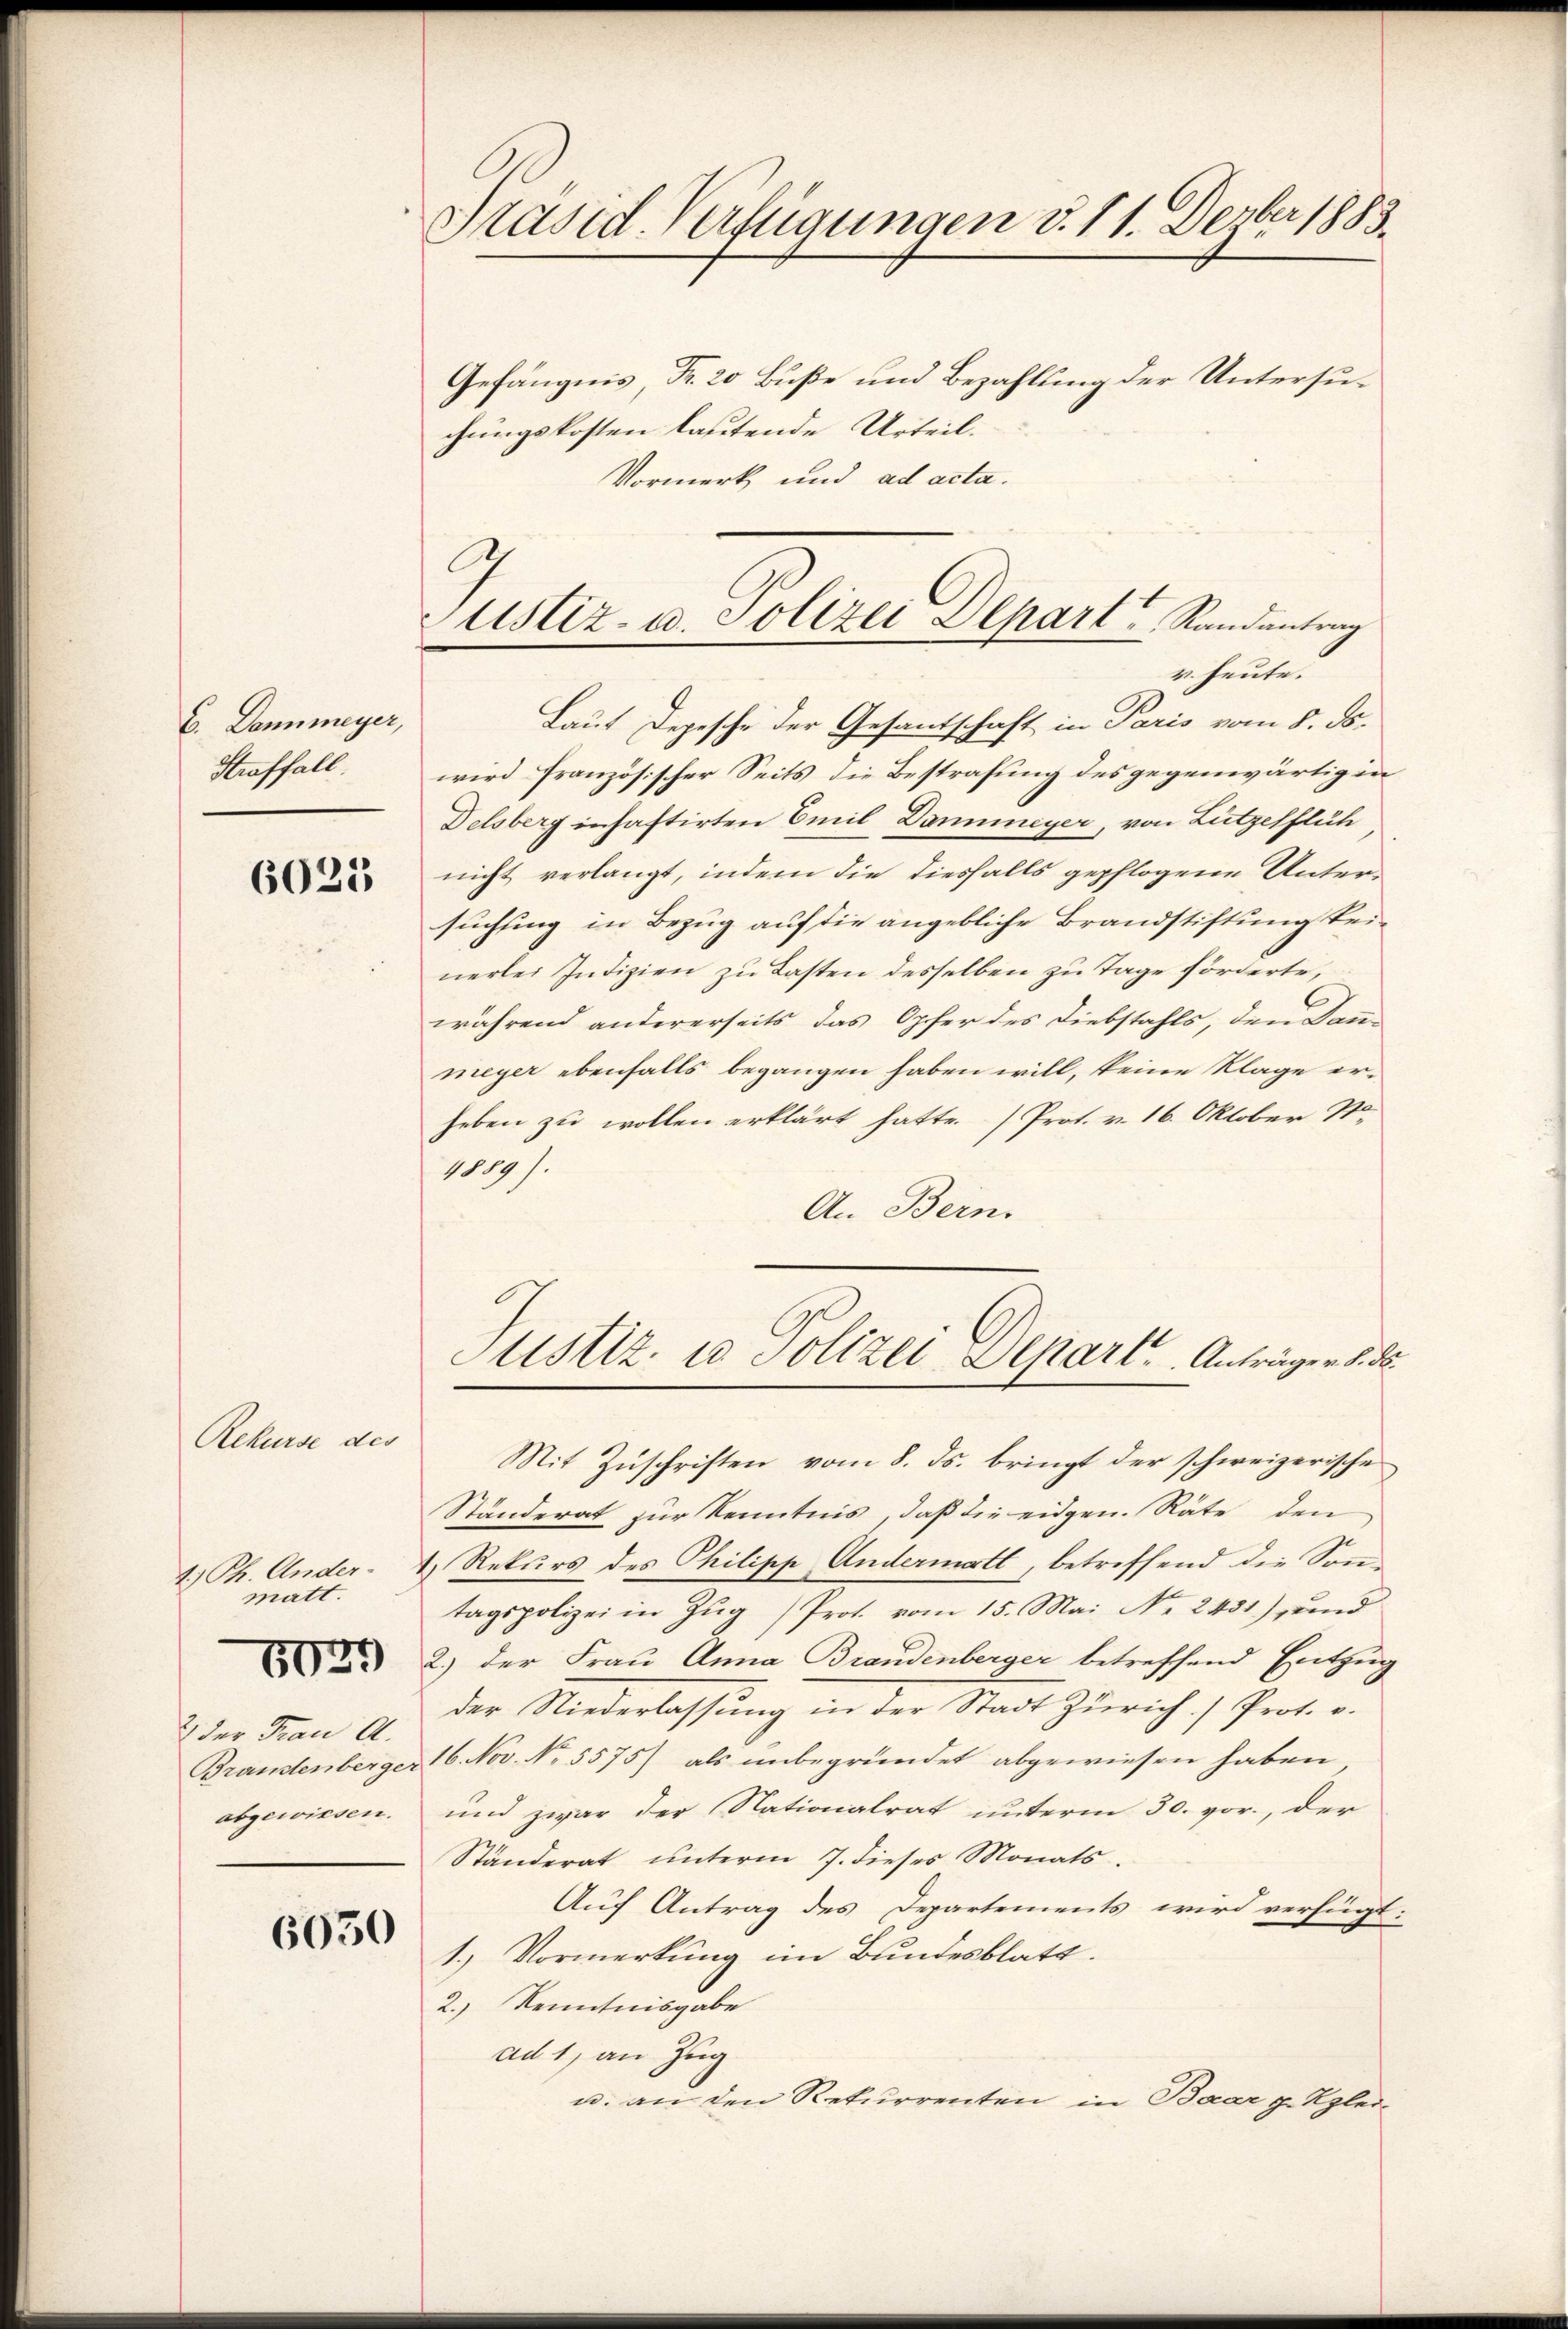
C. Dannmeyer,
Straffall.

6025

Rekurse des
3
1.) Ph. Ander-
matt.
5039
2 der Frau A.
Brandtenberger
abgewissen.

6050

Präsid. Verfügungen d. 11. Derber 1883.

Gefängnis, Fr. 20 Buße und Bezahlung der Untersuchungskosten lautende Urteil.
Vormerk und ad acta.

C
ustiz- u. Polizei Alpart Randantrag
r. heute.

Laut Depesche der Gesandschaft in Paris vom 8. ds.
wird französischer Seits die Bestrafung des gegenwärtigen
Delsberg inhaftirten Emil Dannmeyer, von Lützelflüh
nicht verlangt, indem die diesfalls gepflogene Untersuchung in Bezug auf die angebliche Brandstiftung keinerlei Indizien zu Lasten desselben zu Tage förderte,
während andererseits das Opfer des Diebstahls, den Dan-
meyer ebenfalls begangen haben will, keine Klage erheben zu wollen erklärt hatte. (Prot. v. 16. Oktober S
1009 f.
An Bern.

Justiz- u. Soltzer Separt. Anträge v. 8. d.

Mit Zuschriften vom 8. ds. bringt der schweizerische
Ständerat zur Kenntnis, daß die eidgen. Räte den
1 Rekurs des Philipp Andermatt, betreffend die Sontagspolizei in Zŭg /Prot. vom 15. Mai Nr. 2431) und
2.) der Frau Anna Brandenberger betreffend Entzug
der Niederlassung in der Stadt Zürich.) Prot. v.
16. Nov. No. 5575) als unbegründet abgewiesen haben
und zwar der Nationalrat unterm 30. vor, der
Ständerat ŭnterm 7. dieses Monats.
Auf Antrag des Departements wird verfügt:
1.) Vormerkung im Bundesblatt.
2.) Kenntnisgabe
ad 1, an Zug
u. an den Rekurrenten in Baar p. Kgler-